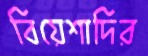
বিয়েশাদির